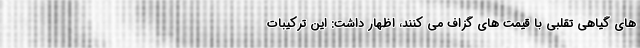
های گیاهی تقلبی با قیمت های گزاف می کنند، اظهار داشت: این ترکیبات